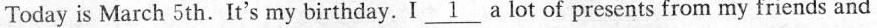
Today is March 5th.It's my birthday.I \underline{1} a lot of presents from my friends and